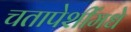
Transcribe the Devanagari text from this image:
चतापेशींमधे